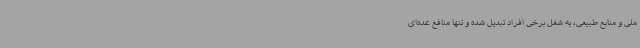
ملی و منابع طبیعی، به شغل برخی افراد تبدیل شده و تنها منافع عده‌ای